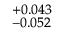
^ { + 0 . 0 4 3 } _ { - 0 . 0 5 2 }